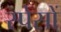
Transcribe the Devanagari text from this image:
स्पेसों